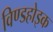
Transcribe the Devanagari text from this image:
विण्डहोइक